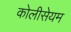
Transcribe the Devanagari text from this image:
कोलीसेयम